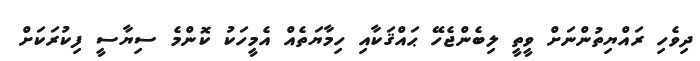
ދިވެހި ރައްޔިތުންނަށް ވީތީ ލިބެންޖެހޭ ޙައްޤަކާއި ހިމާޔަތެއް އެމީހަކު ކޮންމެ ސިޔާސީ ފިކުރަކަށް